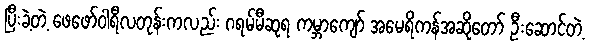
ပြီးခဲ့တဲ့ ဖေဖော်ဝါရီလတုန်းကလည်း ဂရမ်မီဆုရ ကမ္ဘာကျော် အမေရိကန်အဆိုတော် ဦးဆောင်တဲ့